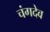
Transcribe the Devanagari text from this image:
चंगदेव